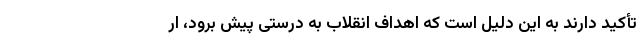
تأکید دارند به این دلیل است که اهداف انقلاب به درستی پیش برود، ار